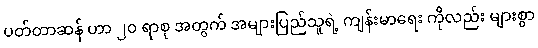
ပတ်တာဆန် ဟာ ၂၀ ရာစု အတွက် အများပြည်သူရဲ့ ကျန်းမာရေး ကိုလည်း များစွာ